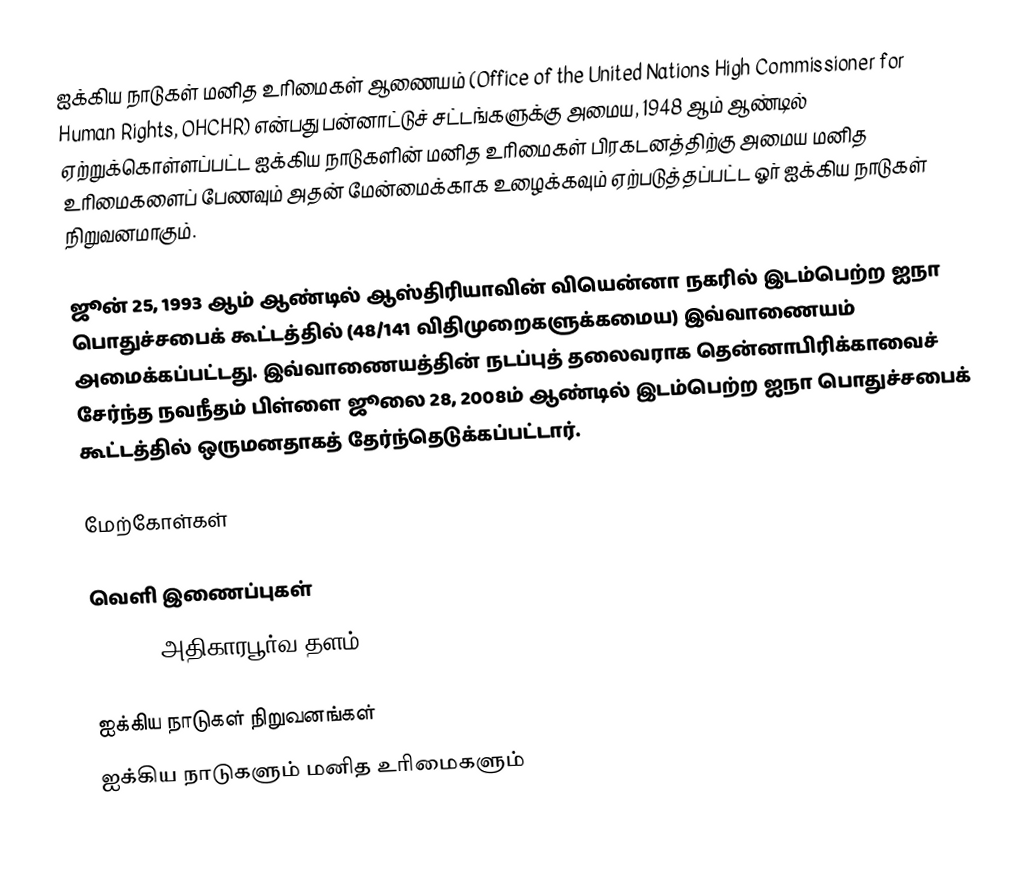
ஐக்கிய நாடுகள் மனித உரிமைகள் ஆணையம் (Office of the United Nations High Commissioner for Human Rights, OHCHR) என்பது பன்னாட்டுச் சட்டங்களுக்கு அமைய, 1948 ஆம் ஆண்டில் ஏற்றுக்கொள்ளப்பட்ட ஐக்கிய நாடுகளின் மனித உரிமைகள் பிரகடனத்திற்கு அமைய மனித உரிமைகளைப் பேணவும் அதன் மேன்மைக்காக உழைக்கவும் ஏற்படுத்தப்பட்ட ஓர் ஐக்கிய நாடுகள் நிறுவனமாகும்.

ஜூன் 25, 1993 ஆம் ஆண்டில் ஆஸ்திரியாவின் வியென்னா நகரில் இடம்பெற்ற ஐநா பொதுச்சபைக் கூட்டத்தில் (48/141 விதிமுறைகளுக்கமைய) இவ்வாணையம் அமைக்கப்பட்டது. இவ்வாணையத்தின் நடப்புத் தலைவராக தென்னாபிரிக்காவைச் சேர்ந்த நவநீதம் பிள்ளை ஜூலை 28, 2008ம் ஆண்டில் இடம்பெற்ற ஐநா பொதுச்சபைக் கூட்டத்தில் ஒருமனதாகத் தேர்ந்தெடுக்கப்பட்டார்.

மேற்கோள்கள்

வெளி இணைப்புகள்
 OHCHR - அதிகாரபூர்வ தளம்

ஐக்கிய நாடுகள் நிறுவனங்கள்
ஐக்கிய நாடுகளும் மனித உரிமைகளும்